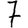
Digit: 7